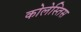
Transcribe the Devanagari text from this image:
कोलेस्तिस